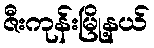
ဇီးကုန်းမြို့နယ်